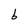
Character: b